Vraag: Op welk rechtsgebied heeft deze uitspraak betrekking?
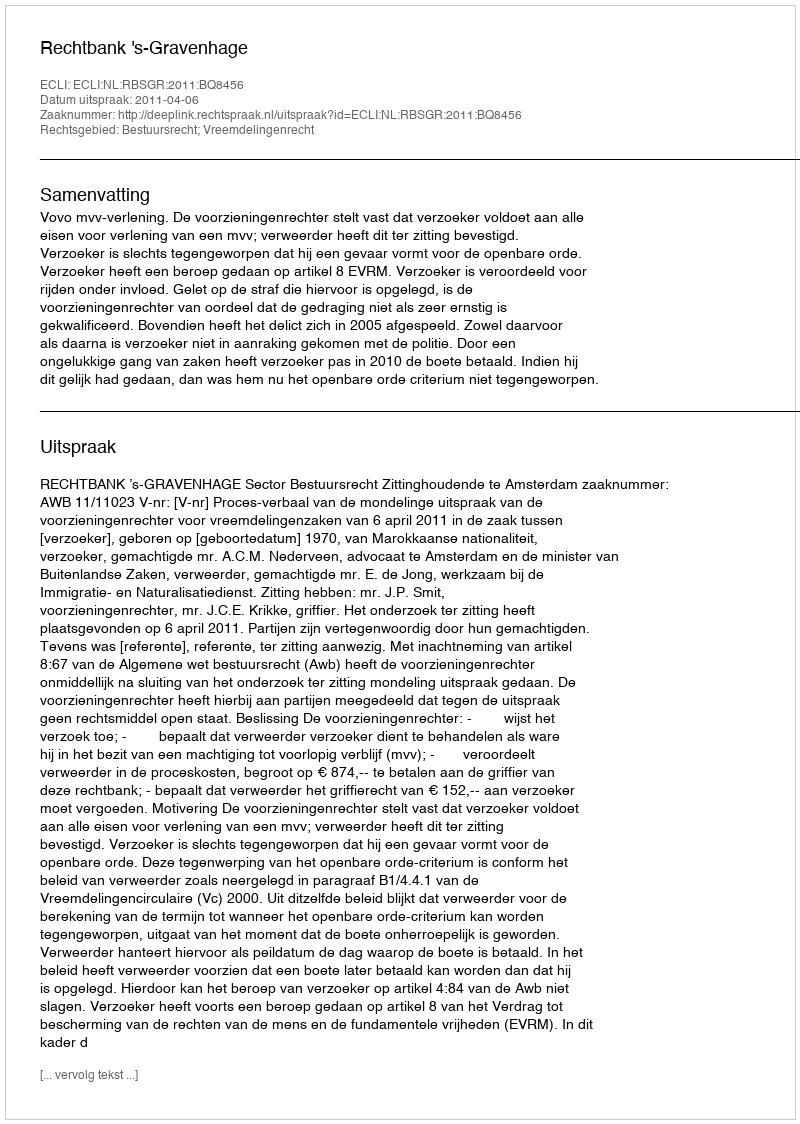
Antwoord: Bestuursrecht; Vreemdelingenrecht